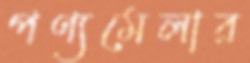
পণ্যমেলার